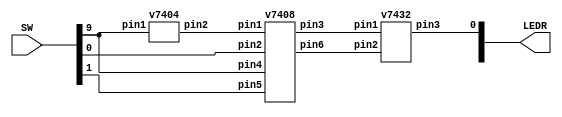
`timescale 1ns / 1ns

module part2(SW,LEDR);
	input [9:0]SW;
	output [9:0]LEDR;
	wire a,b,c;
	
	v7404 u0(.pin1(SW[9]), .pin2(a));
	v7408 u1(.pin1(a), .pin2(SW[0]), .pin3(b), .pin4(SW[9]), .pin5(SW[1]), .pin6(c));
	v7432 u2(.pin1(b), .pin2(c), .pin3(LEDR[0]));
endmodule 


module v7404(pin1,pin3,pin5,pin9,pin11,pin13,pin2,pin4,pin6,pin8,pin10,pin12);
	input pin1,pin3,pin5,pin9,pin11,pin13;
	output pin2,pin4,pin6,pin8,pin10,pin12;
	assign pin2=~pin1;
	assign pin4=~pin3;
	assign pin6=~pin5;
	assign pin8=~pin9;
	assign pin10=~pin11;
	assign pin12=~pin13;
endmodule

module v7408(pin1,pin2,pin4,pin5,pin9,pin10,pin12,pin13,pin3,pin6,pin8,pin11);
	input pin1,pin2,pin4,pin5,pin9,pin10,pin12,pin13;
	output pin3,pin6,pin8,pin11;
	assign pin3=pin1&pin2;
	assign pin6=pin4&pin5;
	assign pin8=pin9&pin10;
	assign pin11=pin12&pin13;
endmodule

module v7432(pin1,pin2,pin4,pin5,pin9,pin10,pin12,pin13,pin3,pin6,pin8,pin11);
	input pin1,pin2,pin4,pin5,pin9,pin10,pin12,pin13;
	output pin3,pin6,pin8,pin11;
	assign pin3=pin1|pin2;
	assign pin6=pin4|pin5;
	assign pin8=pin9|pin10;
	assign pin11=pin12|pin13;
endmodule